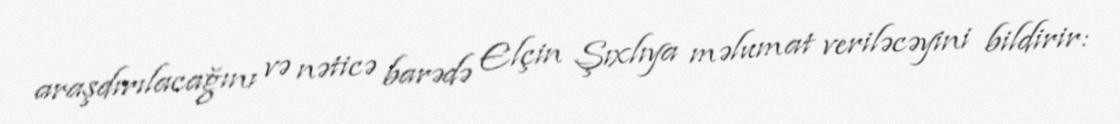
araşdırılacağını və nəticə barədə Elçin Şıxlıya məlumat veriləcəyini bildirir: